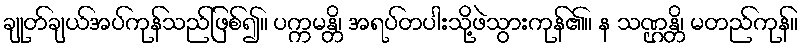
ချုတ်ချယ်အပ်ကုန်သည်ဖြစ်၍။ ပက္ကမန္တိ၊ အရပ်တပါးသို့ဖဲသွားကုန်၏။ န သဏ္ဌန္တိ၊ မတည်ကုန်။